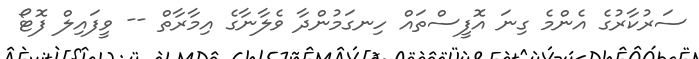
ސަރުކާރުގެ އެންމެ ގިނަ އޮފީސްތައް ހިނގަމުންދާ ވެލާނާގެ އިމާރާތް -- ވީފައިލް ފޮޓޯ